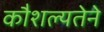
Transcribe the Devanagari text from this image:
कौशल्यतेने